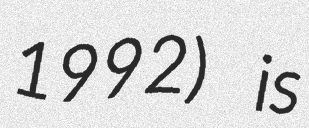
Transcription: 1992) is